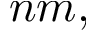
n m ,